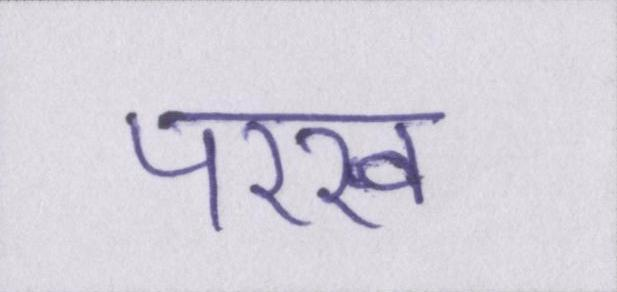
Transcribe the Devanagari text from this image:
परख